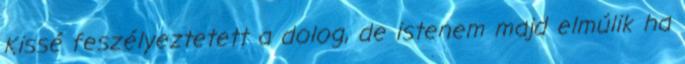
Kissé feszélyeztetett a dolog, de istenem majd elmúlik ha